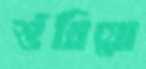
শুঁখিয়ো